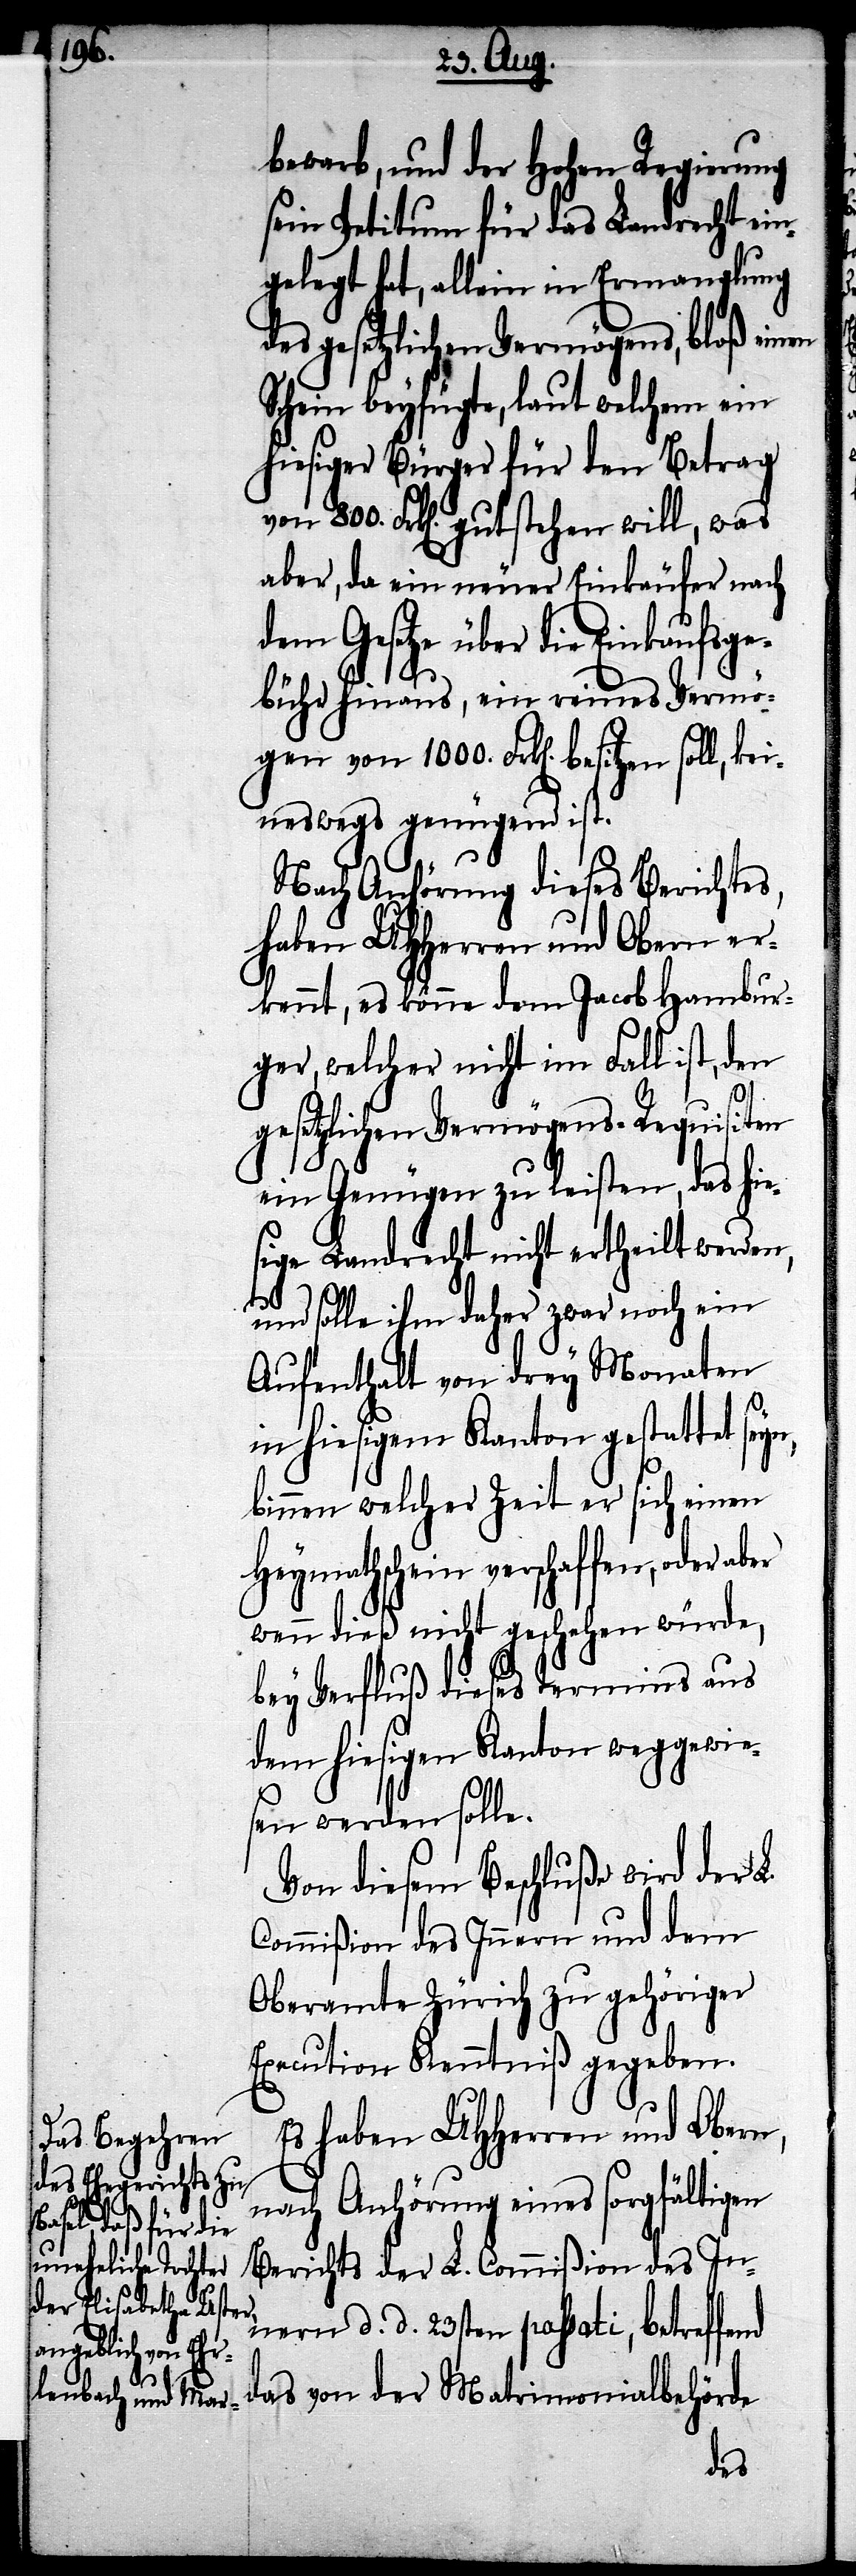
bewarb, und der Hohen Regierung
sein Petitum für das Landrecht ein¬
gelegt hat, allein in Ermanglung
des gesetzlichen Vermögens, bloß einen
Schein beyfügte, laut welchem ein
hiesiger Bürger für den Betrag
von 800. Frk[en]. gutstehen will, was
aber, da ein neuer Einkäufer nach
dem Gesetze über die Einkaufsge¬
bühr hinaus, ein reines Vermö¬
gen von 1000. Frk[en]. besitzen
keineswegs genügend ist.
Nach Anhörung dieses Berichtes,
haben UHHerren und Obern er¬
kennt, es könne dem Jacob Hambur¬
ger, welcher nicht im Fall ist, den
gesetzlichen Vermögens-Requisiten
ein Genügen zu leisten, das hie¬
sige Landrecht nicht ertheilt werden,
und solle ihm daher zwar noch ein
Aufenthalt von drey Monaten
in hiesigem Kanton gestattet
binnen welcher Zeit er sich einen
Heymathschein verschaffen, oder
wenn dieß nicht geschehen würde,
bey Verfluß dieses Termins aus
diesem hiesigen Kanton weggewie¬
sen werden solle.
Von diesem Beschluße wird der L.
Commißion des Innern und dem
Oberamte Zürich zu gehöriger
Execution Kenntniß gegeben.
Es haben UHHerren und Obern,
nach Anhörung eines sorgfältigen
Berichts der L. Commißion des In¬
nern d. d. 23sten passati, betreffend
das von der Matrimonialbehörde